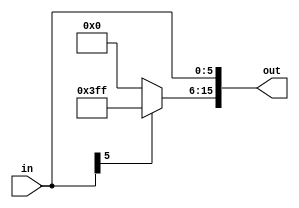
`timescale 1ns / 1ps
//////////////////////////////////////////////////////////////////////////////////
// Company: 
// Engineer: 
// 
// Design Name: 
// Module Name: SignedExtender6to16
// Project Name: 
// Target Devices: 
// Tool Versions: 
// Description: 
// 
// Dependencies: 
// 
// Revision:
// Revision 0.01 - File Created
// Additional Comments:
// 
//////////////////////////////////////////////////////////////////////////////////


module SignedExtender6to16(
    input [5:0] in,
    output reg [15:0] out
    );
    always @(*) begin
        out[5:0] = in[5:0];
        if(in[5])
            out[15:6] = 10'b1111111111;
        else
            out[15:6] = 0;
    end

endmodule